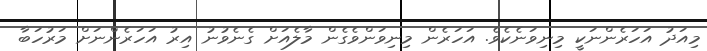
މިއަދު އަހަރެންނަކީ މިނިވަނެކެވެ. އަހަރެން މިނިވަންވެގެން މާލެއަށް ގެނެވުނު އިރު އަހަރެންނަށް މަރުހަބާ